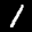
Label: 1